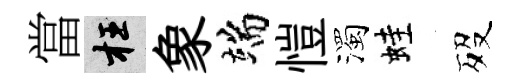
當枉象端愷濁蛙歿